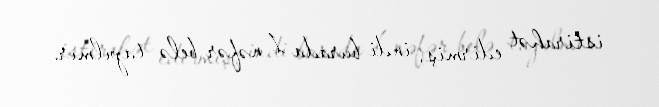
istirahət edirmiş, indi burada 1 nəfər belə tapılmır.